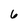
Character: 6